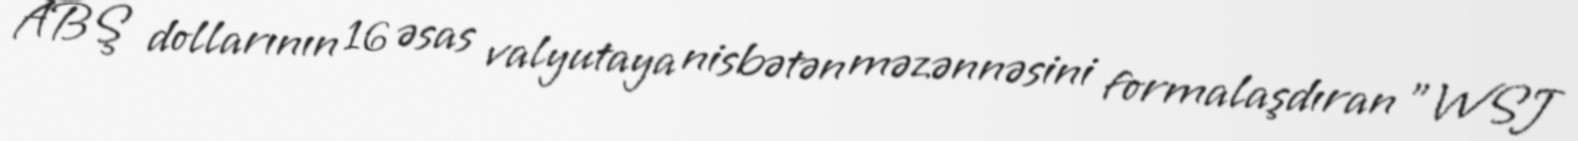
ABŞ dollarının 16 əsas valyutaya nisbətən məzənnəsini formalaşdıran "WSJ